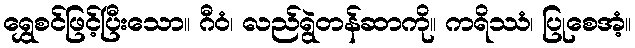
ရွှေစင်ဖြင့်ပြီးသော။ ဂီဝံ၊ လည်ရွဲတန်ဆာကို။ ကရိဿံ၊ ပြုစေအံ့။